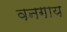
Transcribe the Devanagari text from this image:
वनगाय